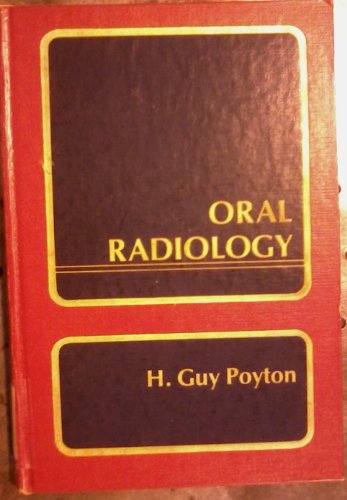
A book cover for Oral Radiology; H. Guy Poyton; Medical Books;